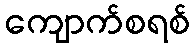
ကျောက်စရစ်